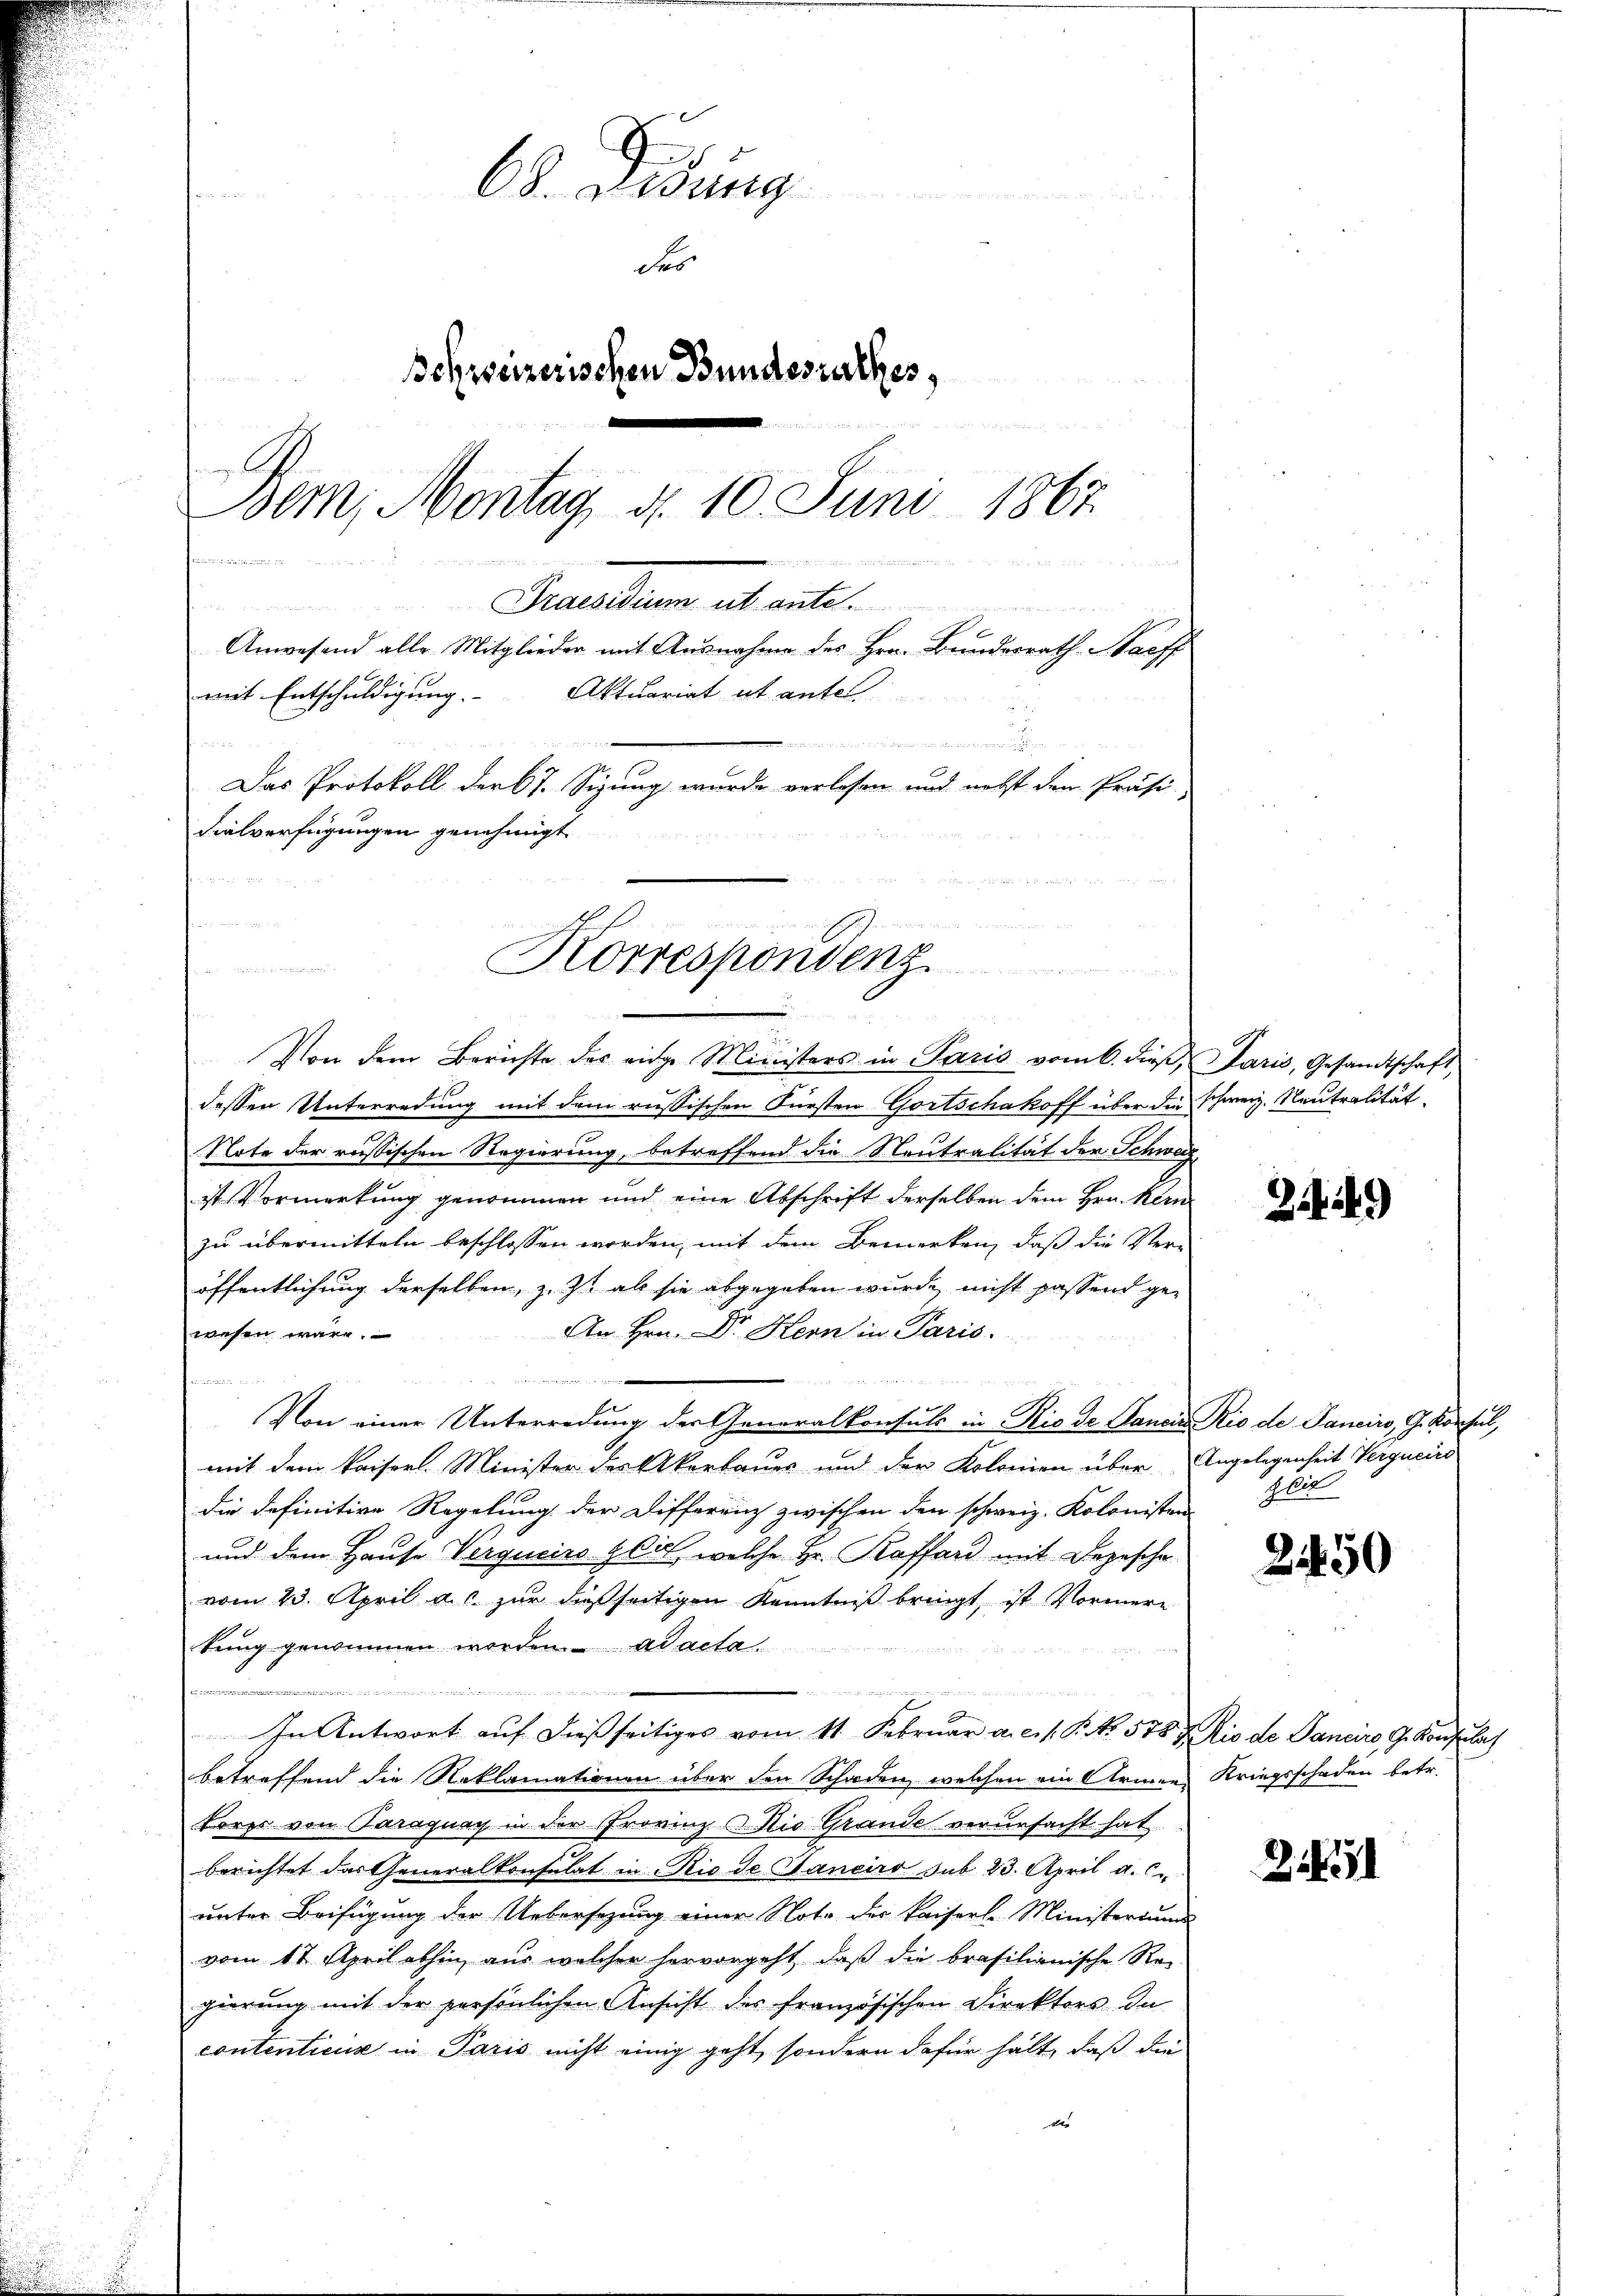
Korrespondenz

68. Lesung
d
des
Bohweizerischen Bundesrathes,
Bem, Montag, d. 10. Juni 1867
iichen ein Meinungen in

rin in ich weilich an die
Praesidium ut ante.

Anwesend alle Mitglieder mit Ausnahme des Hrn. Bunderrath Staaff
Aktuariat et antel
mit Entschuldigung.
git den Vertreter den
Das Protokoll der 67. Sigung wurde verlesen und nebst den Präsi-
Fialverfügungen genehmigt

Von dem Berichte des einge Ministers in Paris vom 6. dieß, Paris, Gesandtschaft,
dessen Unterredung mit dem russischen Fürsten Gortschakoff über die
Note der russischen Regierung, betreffend die Neutralität der Schweiz
ist Vormerkung genommen und eine Abschrift derselben dem Hrn. klen
zu übermitteln beschlossen worden, mit dem Bemerken, daß die Ver-
öffentlichung derselben, z. Zt. als sie abgegeben wurde, nicht passend gewesen wäre.
An Hrn. Dr. Kern in Paris.
Von einer Unterredung der Generalkonsuls in Rio de Sanen Rio de Janeiro, G. Konsul,
mit dem Kaiserl. Minister der Akerbaues und der Kolonien über Angelegenheit Vergucirs
die definitive Regelung der Differrich zwischen den schweiz. Kolonisten
und dem Hause Vergucino glich, welche Hr. Raffard mit Depesche
vom 23. April a. c. zur dießseitigen Kenntniß bringt, ist Vormere
tung genommen worden. ad acta.
t
e
In Antwort auf dießseitiges vom 11. Februar a.c. s. B. No. 578 Rio de Janeiro G. Konsula
betreffend die Reklamationen über den Schaden, welchen ein Armen Kriegsschaden betr.
Fores von Paragung in der Provinz Nio Grande verursacht hat.
berichtet das Generalkonsulat in Rio de Sanciro sub 23. April a. c.
unter Beifügung der Uebersezung einer Nota der Kaiserle Ministeriums
vom 17. April abhin, aus welcher hervorgeht, daβ die brasilianische Re
gierung mit der persönlichen Ansicht des französischen Direktors de
contenticus in Paris nicht einig geht, sondern dafür hält, daß die
2

schweiz. Neutralität.

29)

bil

2150

21